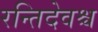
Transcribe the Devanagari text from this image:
रन्तिदेवश्च